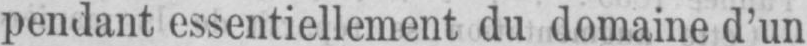
pendant essentiellement du domaine d’un